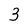
Character: 3